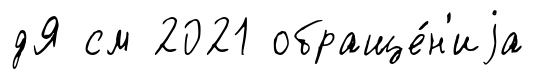
дЯ см 2021 обраще́н'иjа